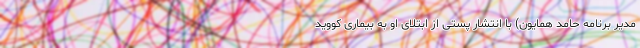
مدیر برنامه‌ حامد همایون) با انتشار پستی از ابتلای او به بیماری کووید